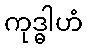
ကုဒ္ဓါဟံ